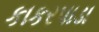
કાકરપાડા